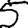
Digit: 5